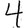
Digit: 4